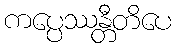
ကပ္ပေဿန္တီတိပေ